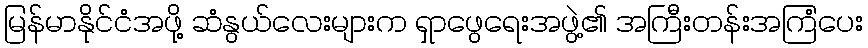
မြန်မာနိုင်ငံအဖို့ ဆံနွယ်လေးများက ရှာဖွေရေးအဖွဲ့၏ အကြီးတန်းအကြံပေး